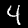
Label: 4